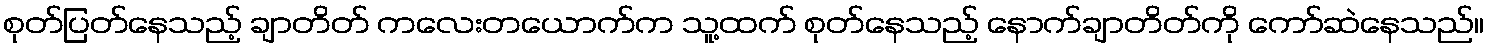
စုတ်ပြတ်နေသည့် ချာတိတ် ကလေးတယောက်က သူ့ထက် စုတ်နေသည့် နောက်ချာတိတ်ကို ကော်ဆဲနေသည်။